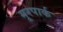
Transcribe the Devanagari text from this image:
मूरपार्क